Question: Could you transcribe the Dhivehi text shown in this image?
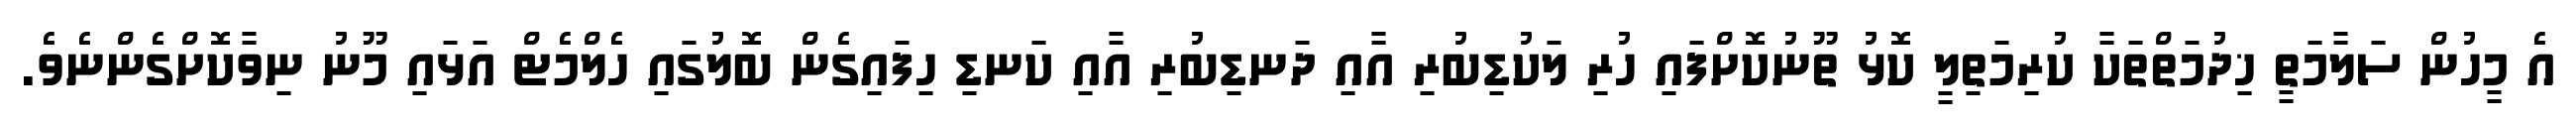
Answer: އެ މީހުން ސަލާމަތީ ޚިދުމަތްތަކާ ކުރިމަތިލީ ކޮޅު ތޫނުކޮށްފައި ހުރި ލަކުޑިބުރި އާއި ދަނޑިބުރި އާއި ކަނޑި ހިފައިގެން ބޮލުގައި ހެލްމެޓް އަޅައި މޫނު ނިވާކޮށްގެންނެވެ.